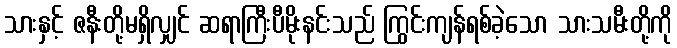
သားနှင့် ဇနီးတို့မရှိလျှင် ဆရာကြီးပီမိုးနင်းသည် ကြွင်းကျန်ရစ်ခဲ့သော သားသမီးတို့ကို